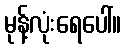
မုန့်လုံးရေပေါ်။